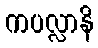
ကပလ္လာနိ